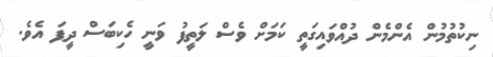
ނިކުތުމުން އެންމެން ދުއްވައިގަތީ ކަމަށް ވެސް ލަތީފު ވަނީ ހެކިބަސް ދީފަ އެވެ.